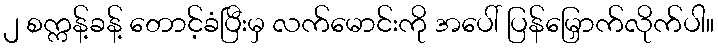
၂ စက္ကန့်ခန့် တောင့်ခံပြီးမှ လက်မောင်းကို အပေါ် ပြန်မြှောက်လိုက်ပါ။